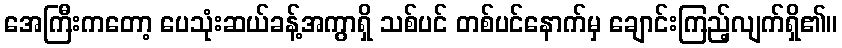
အေကြီးကတော့ ပေသုံးဆယ်ခန့်အကွာရှိ သစ်ပင် တစ်ပင်နောက်မှ ချောင်းကြည့်လျက်ရှိ၏။